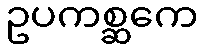
ဥပကစ္ဆကေ